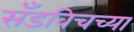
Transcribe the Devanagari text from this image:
सँडविचच्या